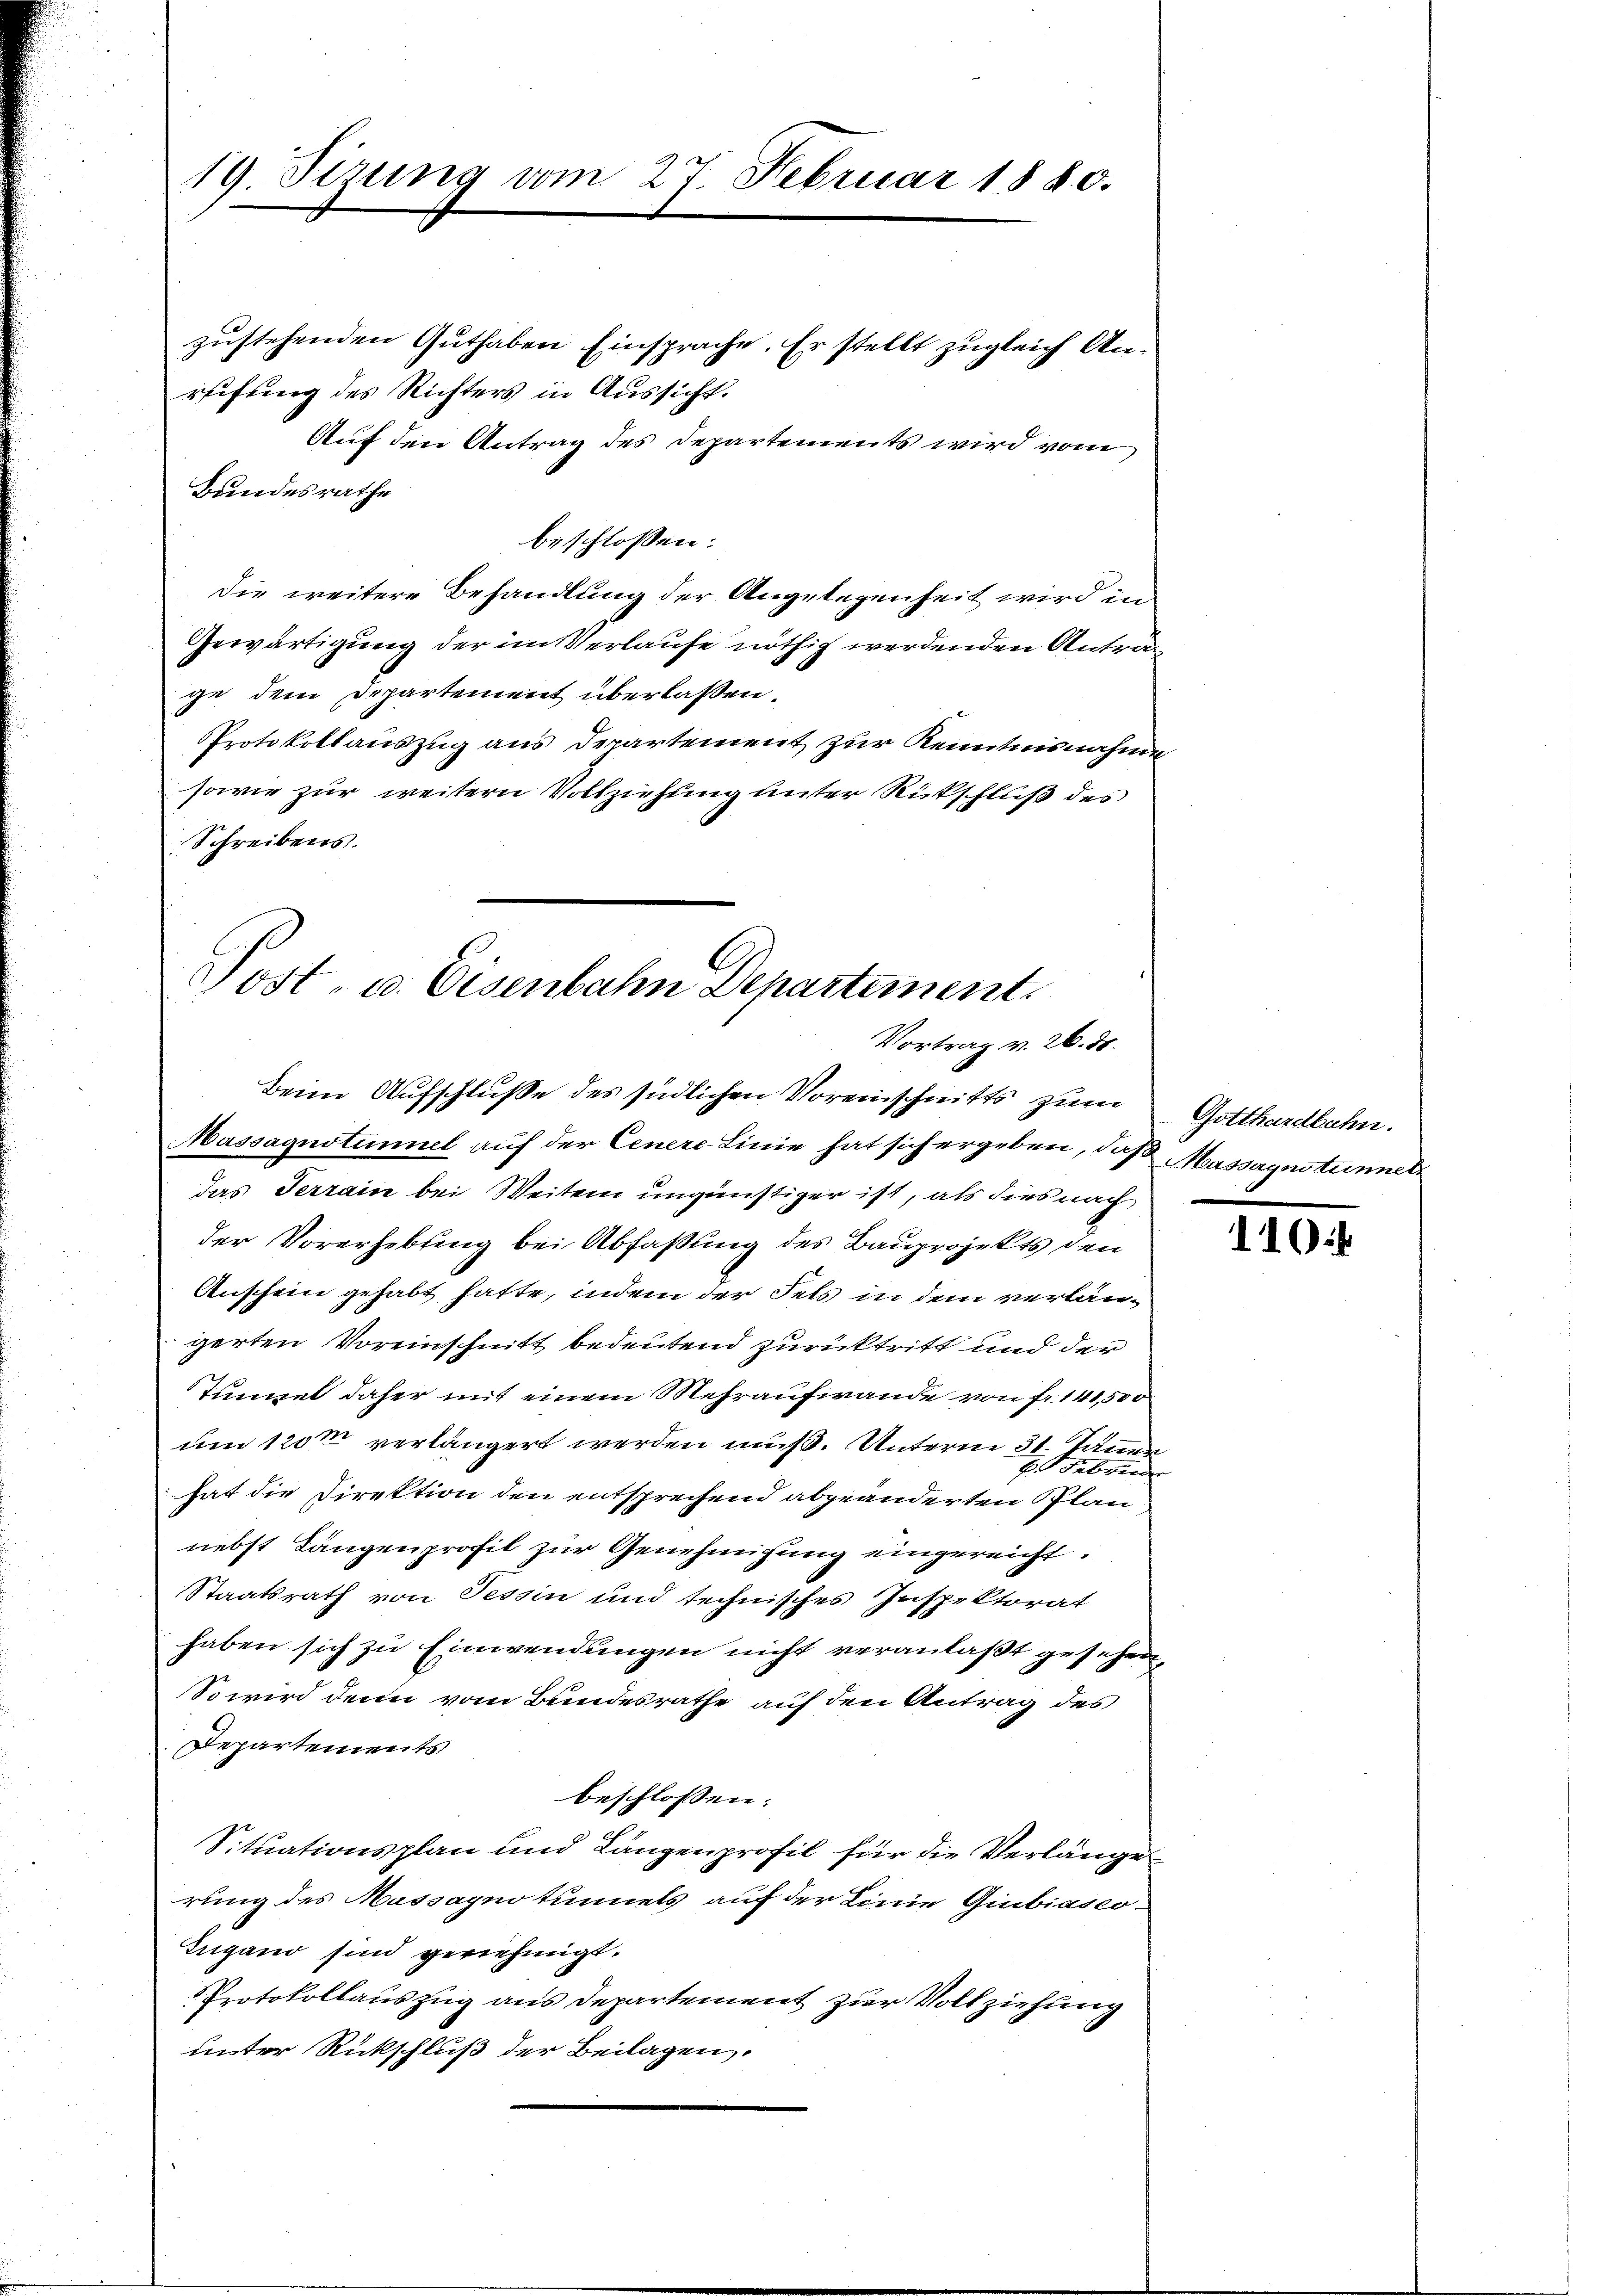
19. Stzung vom 27. Februar 1880.

zustehenden Guthaben Einsprache. Er stellt zugleich Anreifung des Richters in Aussicht.
Auf den Antrag des Departements wird vom
Bundesrathe
beschlossen:
Die weitere Behandlung der Angelegenheit wird in
Gewärtigung der im Verlaufe nöthig werdenden Antrage dem Departement überlaßen.
Protokollauszug aus Departement zur Kenntnisnahme
sowie zur weitern Vollziehung unter Rückschluß des
Schreibens.

Post, u. Eisenbahn Departement
Vortrag v. 26. d.
Beim Aufschluße des südlichen Voreinschnitts zum Gotthardbahn.
Massagustimmel auf der Cenere Linie hat sich ergeben, daß Massaynstimmet

das Terrain bei Weiten ungünstiger ist, als dies nach
der Vorerhebung bei Abfassung des Bauprojekts den
Anschein gehabt hatte, indem der Fels in dem verlängerten Voreinschnitt bedeutend zurücktritt und der
Tunnel daher mit einem Mehraufwande von Fr. 141,500
um 1200 verlängert werden muß. Unterm 31. Jänner
E. Fabrin
hat die Direktion den entsprechend abgeänderten Plan
nebst Längenprofil zur Genehmigung eingereicht.
Staatsrath von Tessin und technisches Inspektorat
haben sich zu Einwendungen nicht veranlaßt gesehen,
So wird denn vom Bundesrathe auf den Antrag des
Departements
beschlossen:
Situationsplan und Langenprofil für die Verlänge
rung des Massayno tunnels auf der Linie Giubiasco
Eugano sind gernehmigt.
Protokollauszug aus Departement zur Vollziehung
unter Rückschluß der Beilagen,

110